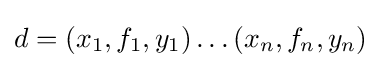
d=(x_{1},f_{1},y_{1})\dots (x_{n},f_{n},y_{n})